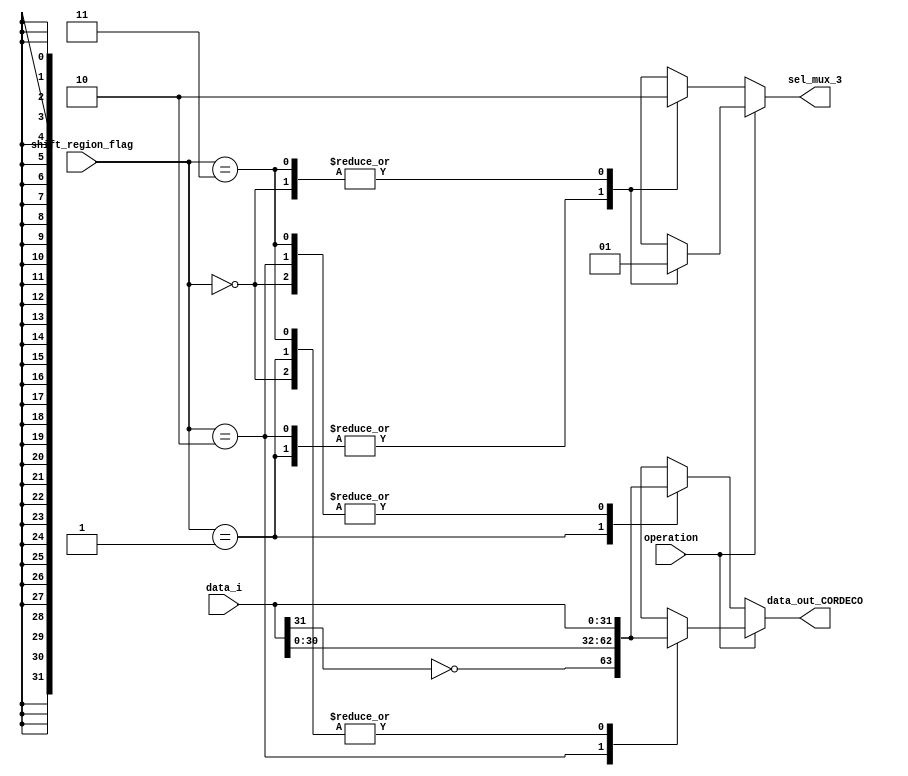
module DECO_CORDIC_EXT #(parameter W = 32)(
   input wire [W-1:0] data_i,
   input wire         operation,
   input wire [1:0]   shift_region_flag,
   output reg         sel_mux_3,
   output reg [W-1:0] data_out_CORDECO
   );
   always @(*) begin
     if(operation == 1'b0)
        begin  
          case (shift_region_flag)
            2'b00  : begin
                        sel_mux_3 = 1'b0;
                        data_out_CORDECO = data_i;
                     end
            2'b01  : begin
                        sel_mux_3 = 1'b1;
                        data_out_CORDECO = {~data_i[W-1],data_i[W-2:0]};
                     end
            2'b10  : begin
                        sel_mux_3 = 1'b1;
                        data_out_CORDECO = data_i;
                     end
            2'b11  : begin
                        sel_mux_3 = 1'b0;
                        data_out_CORDECO = data_i;
                     end
          endcase
        end
      else begin  
          case (shift_region_flag)
            2'b00  : begin
                        sel_mux_3 = 1'b1;
                        data_out_CORDECO = data_i;
                     end
            2'b01  : begin
                        sel_mux_3 = 1'b0;
                        data_out_CORDECO = data_i;
                     end
            2'b10  : begin
                        sel_mux_3 = 1'b0;
                        data_out_CORDECO = {~data_i[W-1],data_i[W-2:0]};;
                     end
            2'b11  : begin
                        sel_mux_3 = 1'b1;
                        data_out_CORDECO = data_i;
                     end 
          endcase
      end
   end
endmodule